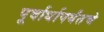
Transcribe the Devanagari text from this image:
पूर्वार्धापर्यंतचे